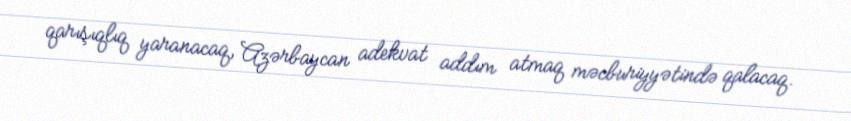
qarışıqlıq yaranacaq, Azərbaycan adekvat addım atmaq məcburiyyətində qalacaq.